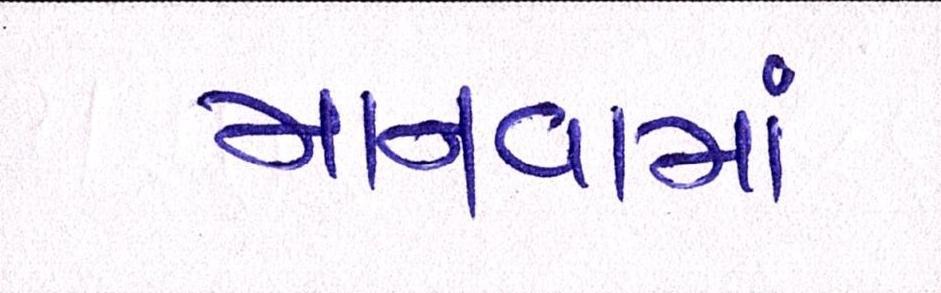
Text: માનવામાં